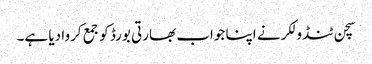
سچن ٹنڈولکر نے اپنا جواب بھارتی بورڈ کو جمع کروا دیا ہے۔